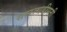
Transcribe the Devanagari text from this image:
सारत्थदीपनी